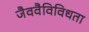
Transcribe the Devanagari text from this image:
जैववैविविधता